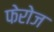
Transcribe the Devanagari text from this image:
फेरोज